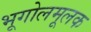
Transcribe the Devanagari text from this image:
भूगोलमूलक